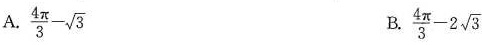
A.$$\frac{ 4 \pi }{ 3 } - \sqrt{ 3 }$$ B.$$\frac{ 4 \pi }{ 3 } - 2 \sqrt{ 3 }$$